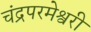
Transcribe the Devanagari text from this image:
चंद्रपरमेश्वरी